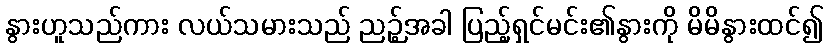
နွားဟူသည်ကား လယ်သမားသည် ညဉ့်အခါ ပြည့်ရှင်မင်း၏နွားကို မိမိနွားထင်၍